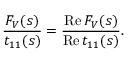
\frac { F _ { V } ( s ) } { t _ { 1 1 } ( s ) } = \frac { \mathrm { R e } \, F _ { V } ( s ) } { \mathrm { R e } \, t _ { 1 1 } ( s ) } .